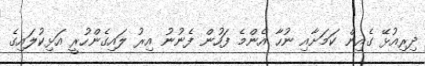
ދިރިއުޅޭ ގެއިން ކަމަށާއި ނުހާ އެންމެ ފަހުން ފެނުނު އިރު ލައިގެންހުރީ އަޅިކުލައިގެ